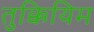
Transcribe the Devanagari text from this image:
तुक्कियिम